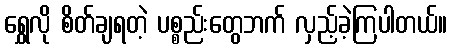
ရွှေလို စိတ်ချရတဲ့ ပစ္စည်းတွေဘက် လှည့်ခဲ့ကြပါတယ်။